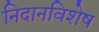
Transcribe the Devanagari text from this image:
निदानविशेष